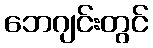
ဘေဂျင်းတွင်